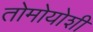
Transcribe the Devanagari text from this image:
तोमोयोशी